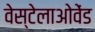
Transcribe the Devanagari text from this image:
वेस्टेलाओवेंड